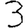
Digit: 3